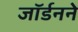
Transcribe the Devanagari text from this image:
जॉर्डनने